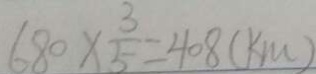
6 8 0 \times \frac { 3 } { 5 } = 4 0 8 ( k m )